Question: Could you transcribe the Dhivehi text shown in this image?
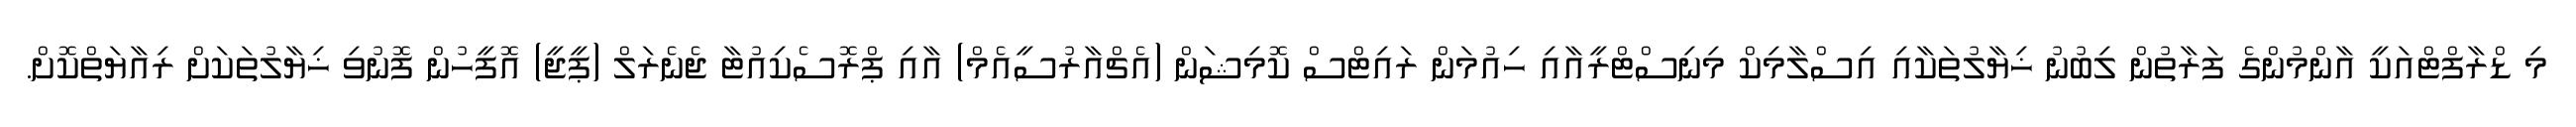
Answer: މި ޑްރާފްޓްއަކީ އާންމުންގެ ފަރާތުން ލިބުނު ޚިޔާލުތަކާއި އިސްލާމިކް މިނިސްޓްރީއާއި ހިއުމަން ރައިޓްސް ކޮމިޝަން (އެޗްއާރުސީއެމް) އާއި ޕްރޮސެކިއުޓާ ޖެނެރަލް (ޕީޖީ) އޮފީހުން ފޮނުވި ޚިޔާލުތަކަށް ރިއާޔަތްކޮށް.